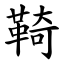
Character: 䩭